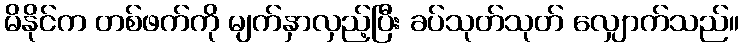
မိနိုင်က တစ်ဖက်ကို မျက်နှာလှည့်ပြီး ခပ်သုတ်သုတ် လျှောက်သည်။